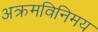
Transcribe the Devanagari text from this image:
अक्रमविनिमय